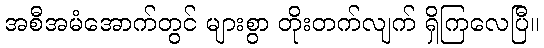
အစီအမံအောက်တွင် များစွာ တိုးတက်လျက် ရှိကြလေပြီ။